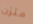
متزن